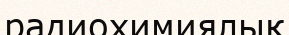
радиохимиялық